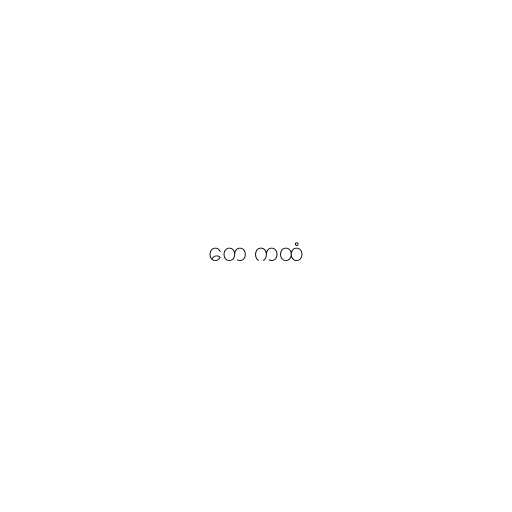
တေ ကထံ